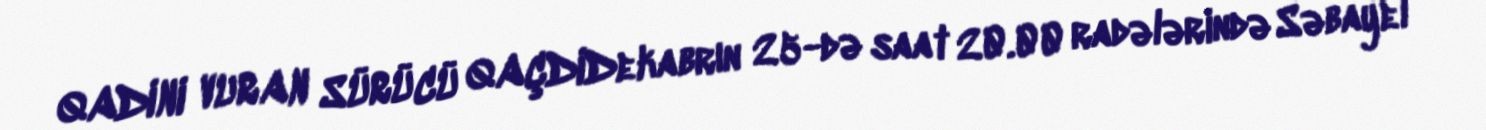
QADINI VURAN SÜRÜCÜ QAÇDIDekabrın 25-də saat 20.00 radələrində Səbayel